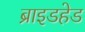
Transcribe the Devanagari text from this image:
ब्राइडहेड